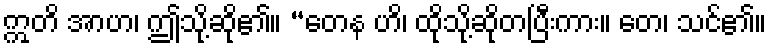
ဣတိ အာဟ၊ ဤသို့ဆို၏။ “တေန ဟိ၊ ထိုသို့ဆိုတပြီးကား။ တေ၊ သင်၏။